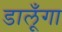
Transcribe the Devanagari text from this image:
डालूँगा